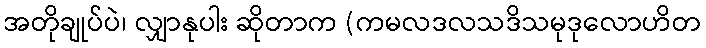
အတိုချုပ်ပဲ၊ လျှာနုပါး ဆိုတာက (ကမလဒလသဒိသမုဒုလောဟိတ